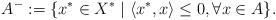
LaTeX: \begin{align*}A^- &:= \{ x^*\in X^\ast \mid \langle x^*,x\rangle \leq 0, \forall x\in A\}.\end{align*}